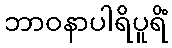
ဘာဝနာပါရိပူရိံ